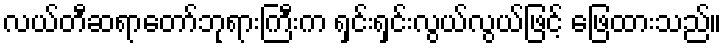
လယ်တီဆရာတော်ဘုရားကြီးက ရှင်းရှင်းလွယ်လွယ်ဖြင့် ဖြေထားသည်။